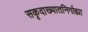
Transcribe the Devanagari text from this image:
सकृदाख्यातनिर्गाह्या